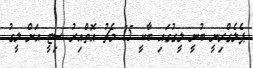
ޕެލެގްރިނީ ބުނީ ލީގުގައި ބާކީ 15 މެޗު އޮތްއިރު ސިޓީ އަށް ލީގު